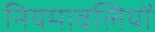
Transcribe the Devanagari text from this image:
नियमावलियों